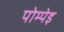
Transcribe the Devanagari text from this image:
पोम्पेइ